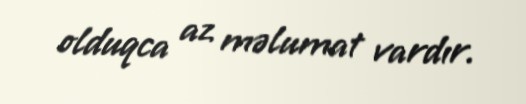
olduqca az məlumat vardır.